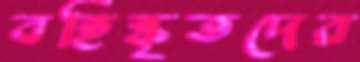
বহিষ্কৃতদের